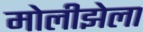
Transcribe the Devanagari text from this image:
मोलीझेला